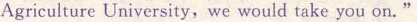
Agriculture University, we would take you on."